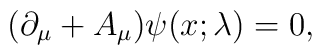
(\partial_\mu+ A_\mu)\psi(x;\lambda)=0,